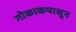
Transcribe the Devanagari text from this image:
गोकाकपासून